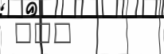
١٢٥